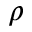
\rho